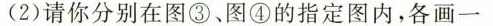
(2)请你分别在图③、图④的指定图内，各画___